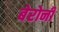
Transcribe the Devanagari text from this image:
बेरोनी